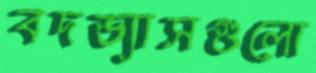
বদভ্যাসগুলো